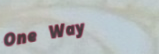
One Way